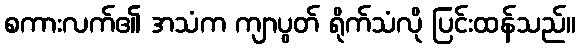
စကားလက်၏ အသံက ကျာပွတ် ရိုက်သံလို ပြင်းထန်သည်။